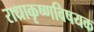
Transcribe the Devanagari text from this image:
राधाकृष्णविषयक